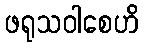
ဖရုသဝါစေဟိ